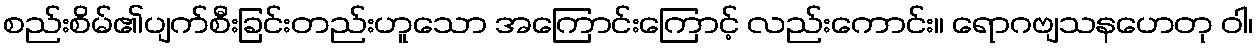
စည်းစိမ်၏ပျက်စီးခြင်းတည်းဟူသော အကြောင်းကြောင့် လည်းကောင်း။ ရောဂဗျသနဟေတု ဝါ၊